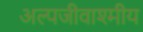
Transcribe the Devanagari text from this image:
अल्पजीवाश्मीय